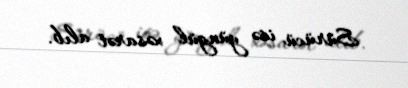
Sürücü isə yüngül xəsarət alıb.